Reports on military cantonments and civil stations in the Presidency of Bombay inspected by the Sanitary Commissioner in the years 1875 and 1876
Year: 1875
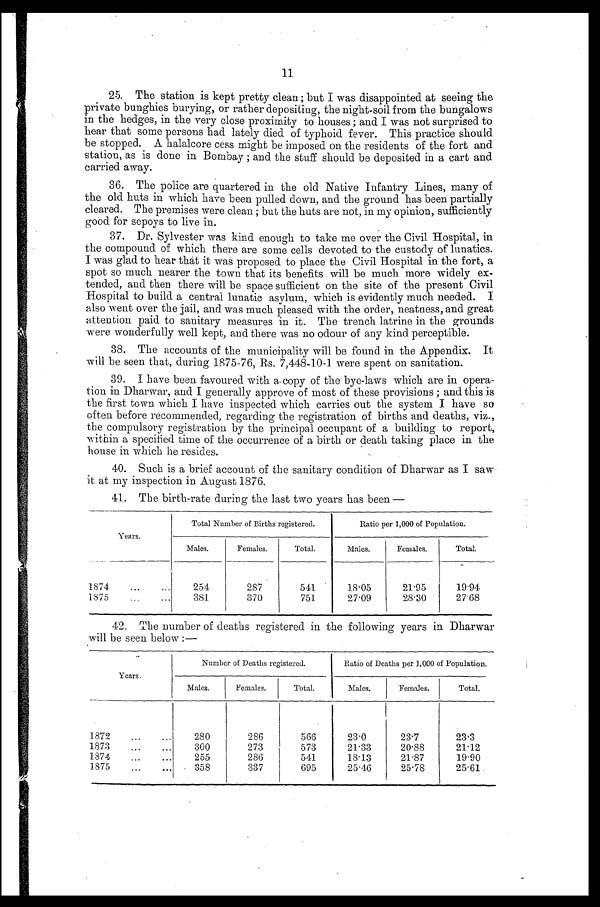
11
25. The station is kept pretty clean ; but I was disappointed at seeing the
private bunghies burying, or rather depositing, the night-soil from the bungalows
in the hedges, in the very close proximity to houses ; and I was not surprised to
hear that some persons had lately died of typhoid fever. This practice should
be stopped. A halalcore cess might be imposed on the residents of the fort and
station, as is done in Bombay ; and the stuff should be deposited in a cart and
carried away.
36. The police are quartered in the old Native Infantry Lines, many of
the old huts in which have been pulled down, and the ground has been partially
cleared. The premises were clean ; but the huts are not, in my opinion, sufficiently
good for sepoys to live in.
37. Dr. Sylvester was kind enough to take me over the Civil Hospital, in
the compound of which there are some cells devoted to the custody of lunatics.
I was glad to hear that it was proposed to place the Civil Hospital in the fort, a
spot so much nearer the town that its benefits will be much more widely ex
-
tended, and then there will be space sufficient on the site of the present Civil
Hospital to build a central lunatic asylum, which is evidently much needed. I
also went over the jail, and was much pleased with the order, neatness, and great
attention paid to sanitary measures in it. The trench latrine in the grounds
were wonderfully well kept, and there was no odour of any kind perceptible.
38. The accounts of the municipality will be found in the Appendix. It
will be seen that, during 1875-76, Rs. 7,448-10-1 were spent on sanitation.
39. I have been favoured with a copy of the bye-laws which are in opera
-
tion in Dharwar, and I generally approve of most of these provisions ; and this is
the first town which I have inspected which carries out the system I have so
often before recommended, regarding the registration of births and deaths, viz.,
the compulsory registration by the principal occupant of a building to report,
within a specified time of the occurrence of a birth or death taking place in the
house in which he resides.
40. Such is a brief account of the sanitary condition of Dharwar as I saw
it at my inspection in August 1876.
41. The birth-rate during the last two years has been—
Years.
Total Number of Births registered.
Ratio per 1,000 of Population.
Males.
Females.
Total.
Males.
Females.
Tot al .
1874 . . .
254
287
541
18.05
21.95
19.94
1875 . . .
381
370
751
27.09
28.30
27.68
42. The number of deaths registered in the following years in Dharwar
will be seen below
Years.
Number of Deaths registered.
Ratio of Deaths per 1,000 of Population.
Males.
Females.
Total.
Males.
Females.
Total.
1872 . . .
280
286
566
23.0
23.7
23.3
1873. . .
300
273
573
21.33
20.88
21.12
1874. . .
255
286
541
18.13
21.87
19.90
1875 . . .
358
337
695
25.46
25.78
25.61